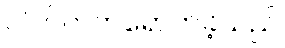
ပါဝင်တက်ရောက်ခဲ့သည်